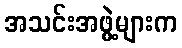
အသင်းအဖွဲ့များက